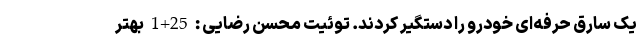
یک سارق حرفه‌ای خودرو را دستگیر کردند. توئیت محسن رضایی : 25+1 بهتر